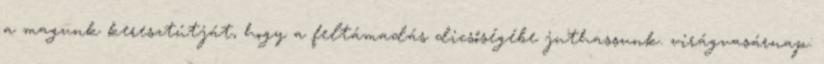
a magunk keresztútját, hogy a feltámadás dicsőségébe juthassunk. virágvasárnap: